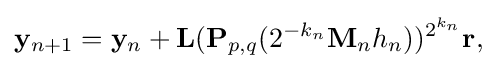
\mathbf {y} _{n+1}=\mathbf {y} _{n}+\mathbf {L} (\mathbf {P} _{p,q}(2^{-k_{n}}\mathbf {M} _{n}h_{n}))^{2^{k_{n}}}\mathbf {r,}